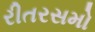
રીતરસમો